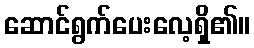
ဆောင်ရွက်ပေးလေ့ရှိ၏။